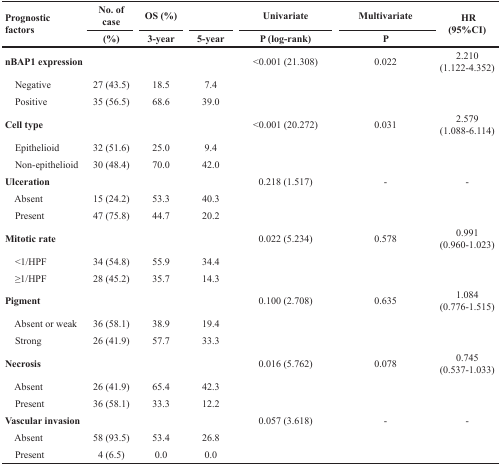
<table><thead><tr><td rowspan="2"><b>Prognostic factors</b></td><td><b>No. of case</b></td><td><b>OS (%)</b></td><td></td><td><b>Univariate</b></td><td><b>Multivariate</b></td><td rowspan="2"><b>HR(95%CI)</b></td></tr><tr><td><b>(%)</b></td><td><b>3-year</b></td><td><b>5-year</b></td><td><b>P (log-rank)</b></td><td><b>P</b></td></tr></thead><tbody><tr><td><b>nBAP1 expression</b></td><td></td><td></td><td></td><td>&lt;0.001 (21.308)</td><td>0.022</td><td>2.210(1.122-4.352)</td></tr><tr><td> Negative</td><td>27 (43.5)</td><td>18.5</td><td>7.4</td><td></td><td></td><td></td></tr><tr><td> Positive</td><td>35 (56.5)</td><td>68.6</td><td>39.0</td><td></td><td></td><td></td></tr><tr><td><b>Cell type</b></td><td></td><td></td><td></td><td>&lt;0.001 (20.272)</td><td>0.031</td><td>2.579(1.088-6.114)</td></tr><tr><td> Epithelioid</td><td>32 (51.6)</td><td>25.0</td><td>9.4</td><td></td><td></td><td></td></tr><tr><td> Non-epithelioid</td><td>30 (48.4)</td><td>70.0</td><td>42.0</td><td></td><td></td><td></td></tr><tr><td><b>Ulceration</b></td><td></td><td></td><td></td><td>0.218 (1.517)</td><td>-</td><td>-</td></tr><tr><td> Absent</td><td>15 (24.2)</td><td>53.3</td><td>40.3</td><td></td><td></td><td></td></tr><tr><td> Present</td><td>47 (75.8)</td><td>44.7</td><td>20.2</td><td></td><td></td><td></td></tr><tr><td><b>Mitotic rate</b></td><td></td><td></td><td></td><td>0.022 (5.234)</td><td>0.578</td><td>0.991(0.960-1.023)</td></tr><tr><td> &lt;1/HPF</td><td>34 (54.8)</td><td>55.9</td><td>34.4</td><td></td><td></td><td></td></tr><tr><td> ≥1/HPF</td><td>28 (45.2)</td><td>35.7</td><td>14.3</td><td></td><td></td><td></td></tr><tr><td><b>Pigment</b></td><td></td><td></td><td></td><td>0.100 (2.708)</td><td>0.635</td><td>1.084(0.776-1.515)</td></tr><tr><td> Absent or weak</td><td>36 (58.1)</td><td>38.9</td><td>19.4</td><td></td><td></td><td></td></tr><tr><td> Strong</td><td>26 (41.9)</td><td>57.7</td><td>33.3</td><td></td><td></td><td></td></tr><tr><td><b>Necrosis</b></td><td></td><td></td><td></td><td>0.016 (5.762)</td><td>0.078</td><td>0.745(0.537-1.033)</td></tr><tr><td> Absent</td><td>26 (41.9)</td><td>65.4</td><td>42.3</td><td></td><td></td><td></td></tr><tr><td> Present</td><td>36 (58.1)</td><td>33.3</td><td>12.2</td><td></td><td></td><td></td></tr><tr><td><b>Vascular invasion</b></td><td></td><td></td><td></td><td>0.057 (3.618)</td><td>-</td><td>-</td></tr><tr><td> Absent</td><td>58 (93.5)</td><td>53.4</td><td>26.8</td><td></td><td></td><td></td></tr><tr><td> Present</td><td>4 (6.5)</td><td>0.0</td><td>0.0</td><td></td><td></td><td></td></tr></tbody></table>